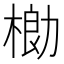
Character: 𬃌